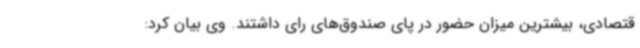
قتصادی، بیشترین میزان حضور در پای صندوق‌های رای داشتند. وی بیان کرد: